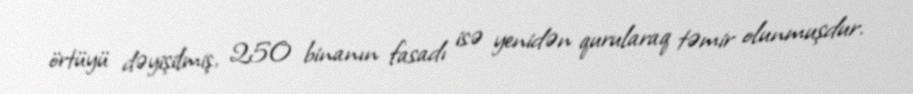
örtüyü dəyişilmiş, 250 binanın fasadı isə yenidən qurularaq təmir olunmuşdur.